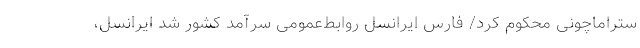
ستراماچونی محکوم کرد/ فارس ایرانسل روابط‌عمومی سرآمد کشور شد ایرانسل،